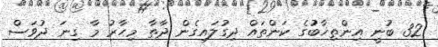
32 ބުނީ އިންތިޚާބުގެ ކަންތައް ދިގުލައިގެން ދާތާ މިހާރު މާ ގިނަ ދުވަސް